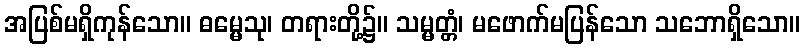
အပြစ်မရှိကုန်သော။ ဓမ္မေသု၊ တရားတို့၌။ သမ္မတ္တံ၊ မဖောက်မပြန်သော သဘောရှိသော။